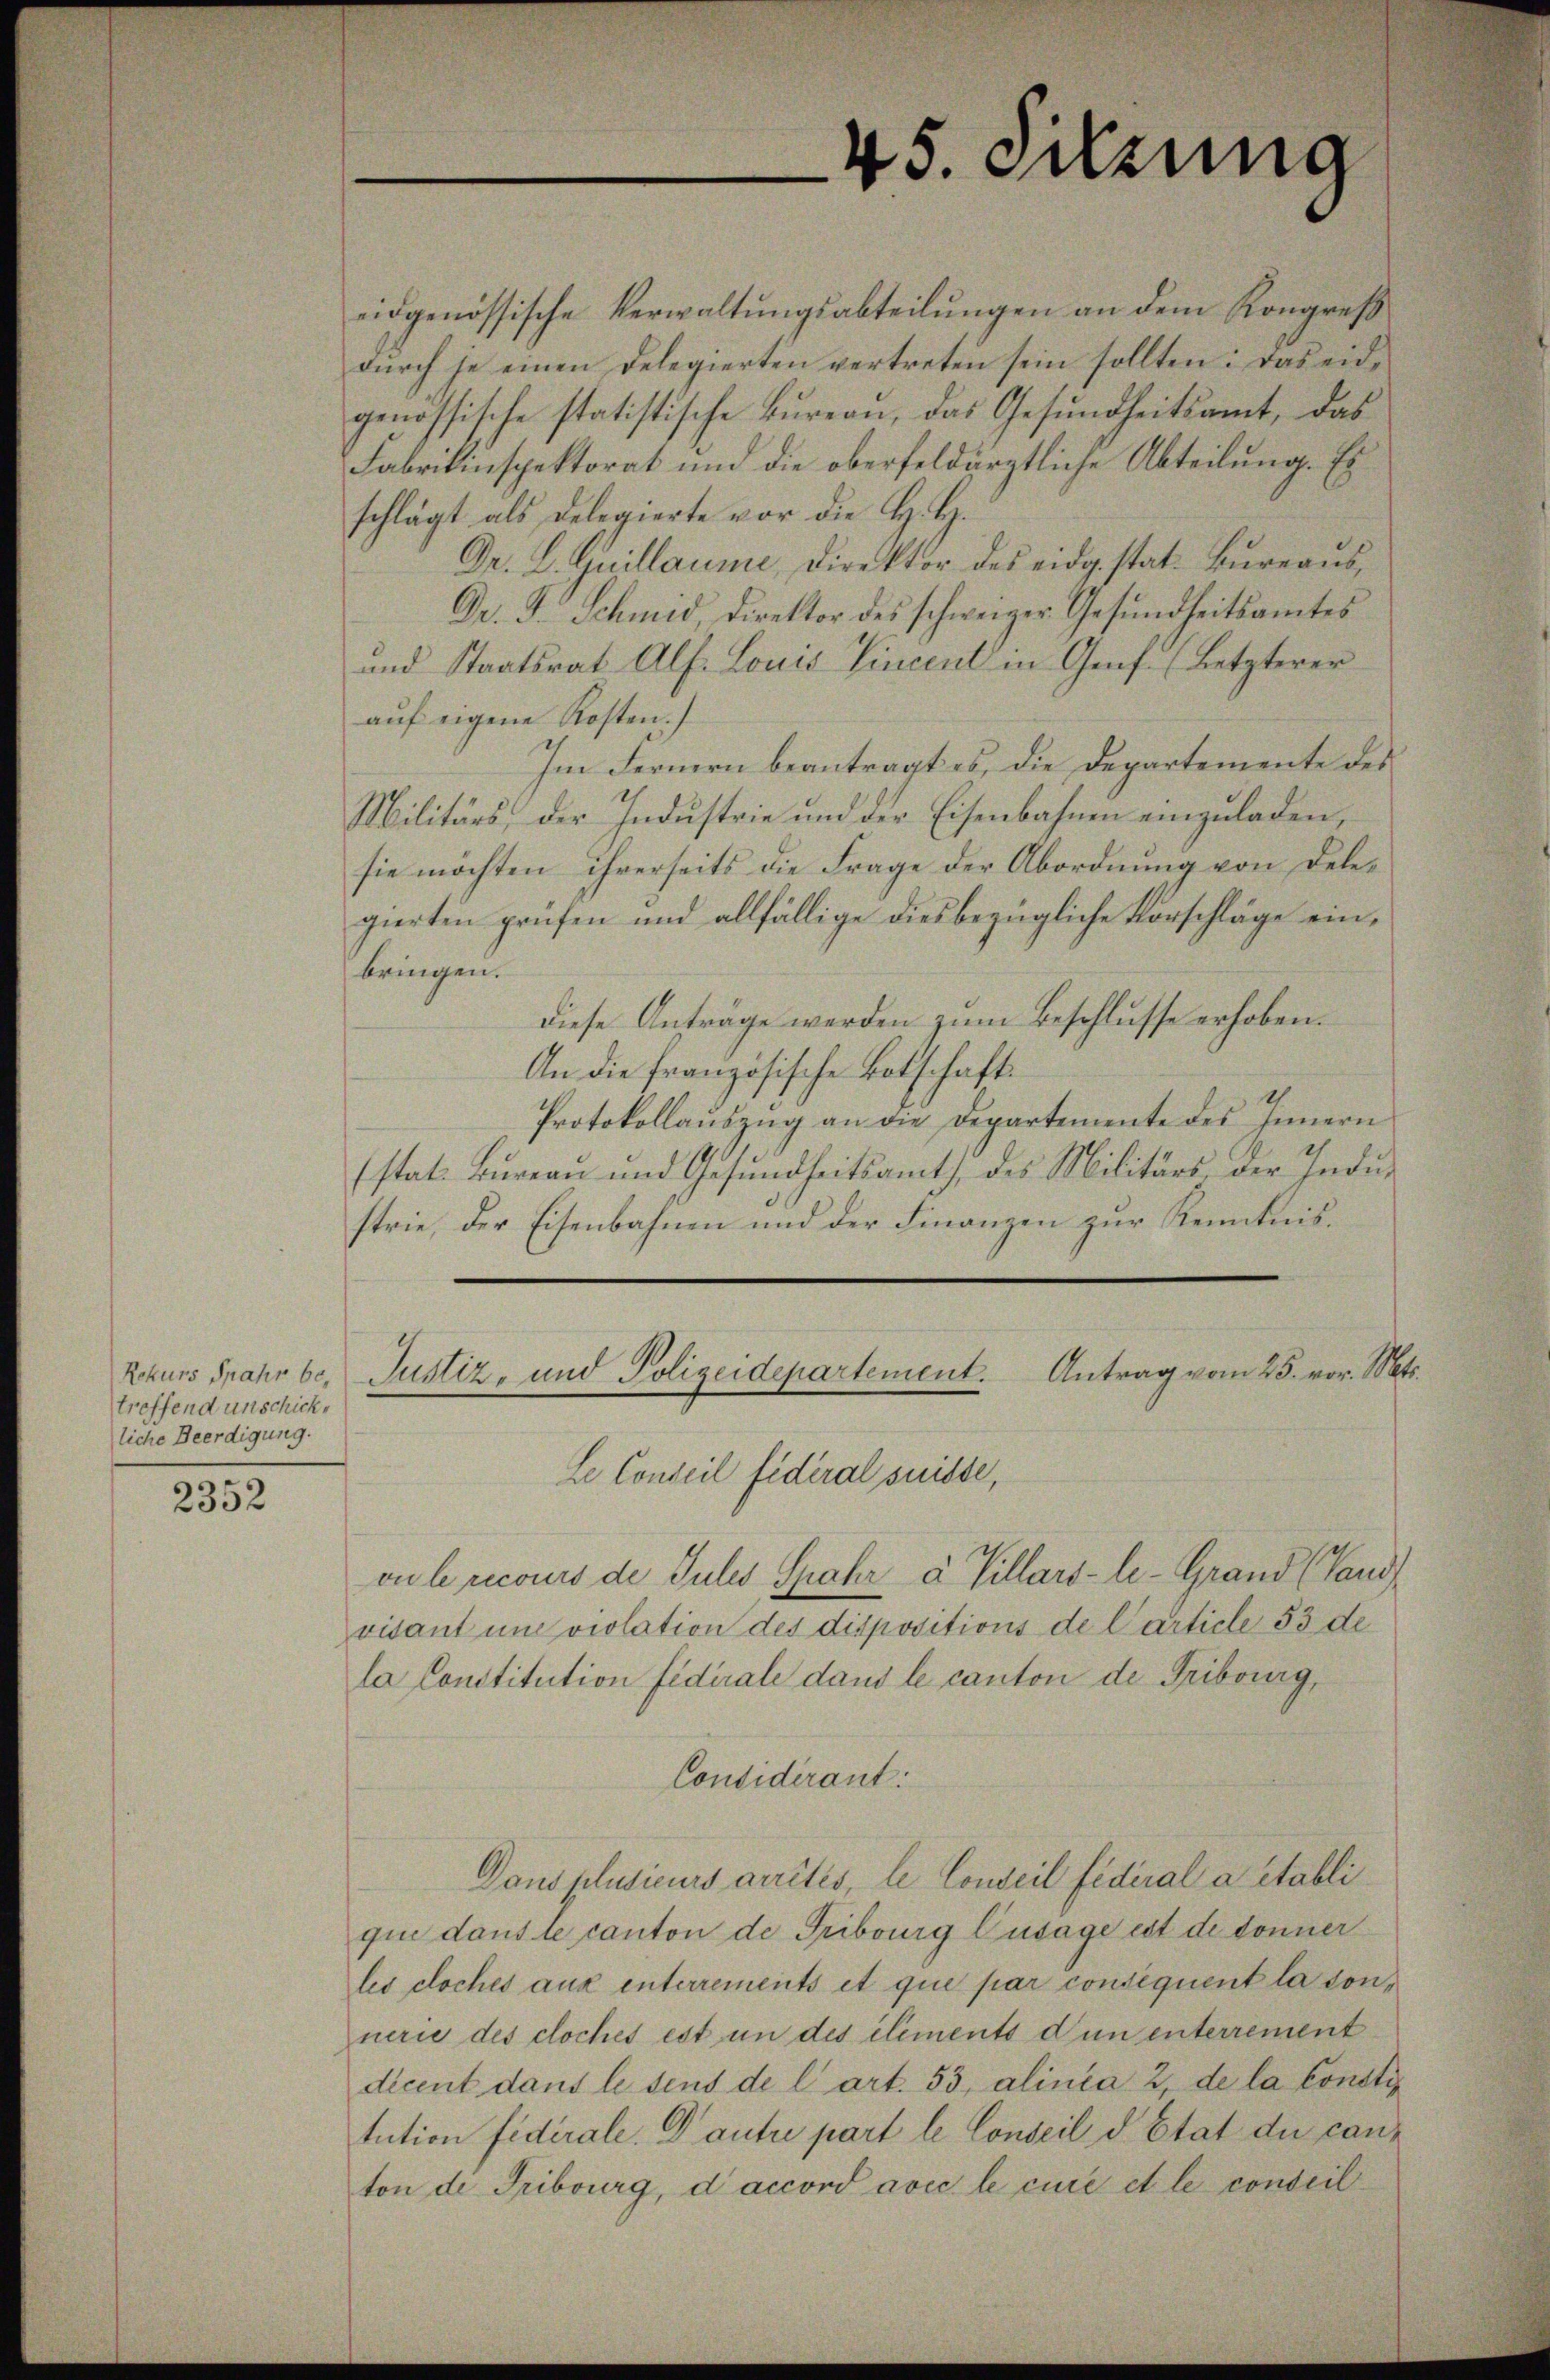
treffend unschicke
liche Beerdigung.

2352

45. Setzung

eidgenössische Verwaltŭngsabteilŭngen an dem Kongreß
durch je einen Delegierten vertreten sein sollten: Das eidgenössische statistische Bureau, das Gesundheitsamt, das
Fabrikinspektorat und die oberfeldärztliche Abteilung. Eischlägt als Delegierte vor die H. H.
Dr. L. Guillaume, Direktor des eidg. stat. Büreaŭs,
Dr. J. Schmid, Direktor des schweizer Gesŭndheitsamtes
und Staatsrat Alf. Louis Vincent in Genf. (Letzterer
auf eigene Kosten.)
Im Fernern beantragt es, die Departemente des
Militärs, der Industrie und der Eisenbahnen einzuladen,
sie möchten ihrerseits die Frage der Abordnung von Delegierten prüfen und allfällige dies bezügliche Vorschläge einbringen.
diese Anträge werden zum Beschlusse erhoben.
An die französische Botschaft
Protokollaŭszŭg an die Departemente des Innern
(stat. Büreau und Gesŭndheitsamt, des Militärs, der Indu-
strie, der Eisenbahnen und der Finanzen zur Kenntnis¬
Rekurs Grahr be- Justiz- und Polizeidepartement. Antrag vom 25. vor. Mt.
Le Conseil fideral suisse,
vu le recours de Julis Spahr u Villars-le-Grand (Vand
visant und violation des dispositions de Carticle 53 de
la Constitution fidérale dans le canton de Fribourg,
Considérant
Dans plusieurs arrêtés, le Conseil fédéral a établi
que dans le canton de Tribourg Cusage est de donner
les cloches aux interrements et que par consequent la sonnerie des cloches est un des elements dun interrement
dicent dans le sens de l’art. 55, alinea 2, de la Consti
tution fidérale. Dantre part le Conseil d. Etat du can-
ton de Tribourg, d’accord avec le cure et le conseil